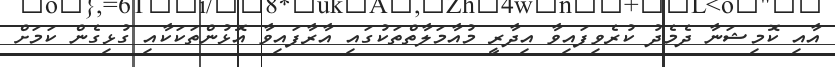
އާއި ކޮމިޝަނާ ދެމެދު ކުރެވިފައިވާ އިދާރީ މުއާމަލާތްތަކުގައި އާރާފައިވާ އޮޅުންތަކަކާއި ގުޅިގެން ކަމަށް